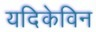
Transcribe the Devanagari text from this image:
यदिकेविन